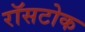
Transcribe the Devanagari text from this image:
रॉसटोक